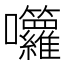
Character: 囖